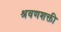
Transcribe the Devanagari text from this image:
श्रवणशक्ती